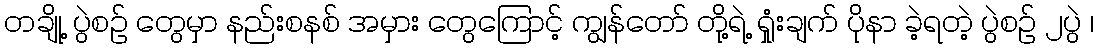
တချို့ ပွဲစဉ် တွေမှာ နည်းစနစ် အမှား တွေကြောင့် ကျွန်တော် တို့ရဲ့ ရှုံးချက် ပိုနာ ခဲ့ရတဲ့ ပွဲစဉ် ၂ပွဲ ၊